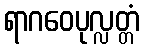
ရာဂဝေပုလ္လတ္တံ